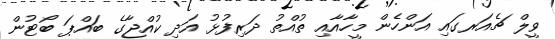
ވީލް ޗެއަރގައި އަންހެން މީހާއާއި ތުއްތު ދަރިފުޅު އަދި ކުއްޖާގެ ބައްޕަ ބޯޓުން